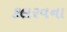
કલરવના